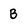
Character: B